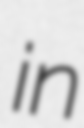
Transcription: in